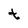
Character: t